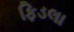
ફિડલા